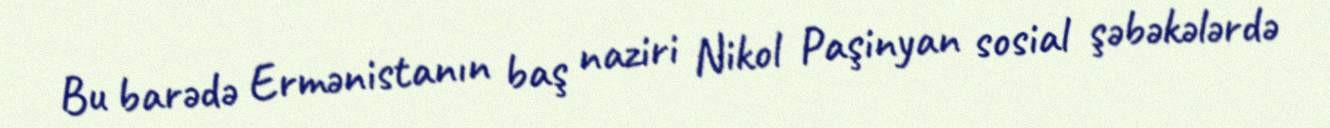
Bu barədə Ermənistanın baş naziri Nikol Paşinyan sosial şəbəkələrdə